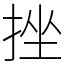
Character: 挫